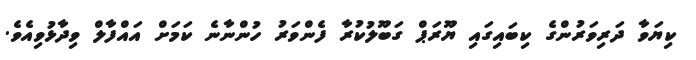
ކިޔަވާ ދަރިވަރުންގެ ކިބައިގައި ޔޫރަޕް ގަބޫލުކުރާ ފެންވަރު ހުންނާނެ ކަމަށް އައްފާލް ވިދާޅުވިއެވެ.